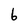
Character: 6